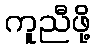
ကူညီဖို့